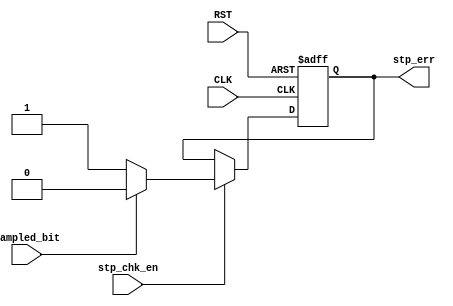
module UART_Rx_stop_check
(
	input   wire   stp_chk_en  ,
	input   wire   sampled_bit ,
	input   wire   CLK         ,
	input   wire   RST         ,

	output  reg   stp_err
);

always @(posedge CLK or negedge RST) begin
	if (!RST) begin
		stp_err <= 1'd0 ;
	end
	else if (stp_chk_en) begin   //STOP bit must be 1 for no errors
	    if (~sampled_bit) begin
			stp_err <= 1'd1 ;	    	
	    end
	    else begin
	    	stp_err <= 1'd0 ;
	    end
	end
	else begin
		stp_err <= stp_err ;
	end
end

 
endmodule